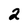
Character: 2